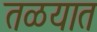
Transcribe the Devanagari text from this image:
तळयात